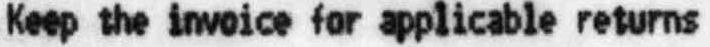
KEEP THE INVOICE FOR APPLICABLE RETURNS